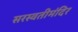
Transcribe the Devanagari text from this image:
सरस्वतीमंदिर